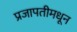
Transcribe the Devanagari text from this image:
प्रजापतीमधून